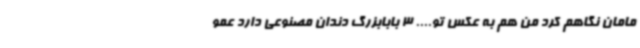
مامان نگاهم کرد من هم به عکس تو.... 3 بابابزرگ دندان مصنوعی دارد عمو